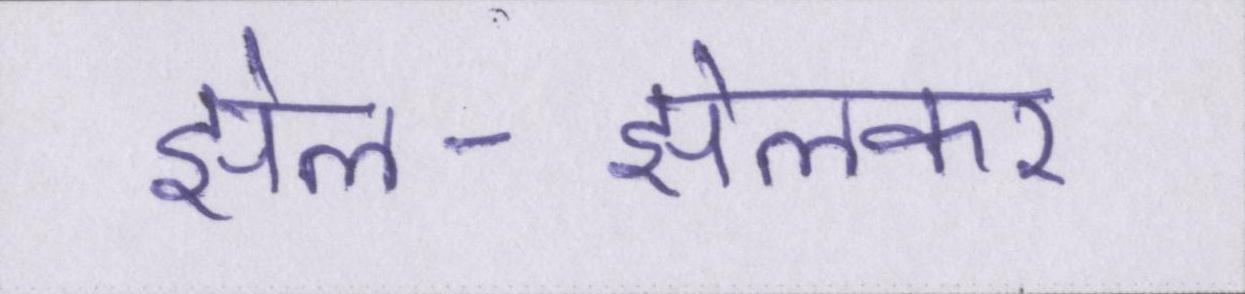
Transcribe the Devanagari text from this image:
झेल-झेलकर